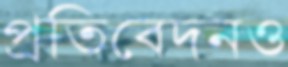
প্রতিবেদনও